system: You are a helpful assistant.
user:
Analyze the provided spectrum to determine if it is a **M-type Giant (gM)**.

A M-type Giant spectrum is defined by its **strong molecular absorption** features, particularly from **Titanium Oxide (TiO)**. You must check for one of the following mutually exclusive signatures:

- **Key Visual Indicators (Absorption-Dominated Spectrum):**

    - **(Primary):** The spectrum is dominated by strong molecular absorption from **Titanium Oxide (TiO)**. This is the **defining feature** of its M-type temperature class.
        - **(Key Bandheads):** Look for sharp, "saw-tooth" absorption valleys. The strongest are located near **~7050 Å**, **~6160 Å**, and **~5170 Å**.
        - **(Line Profile):** The "saw-tooth" morphology is critical: a **sharp, steep drop on the BLUE (short-wavelength) side** of the bandhead, followed by a gradual recovery (rising flux) towards the RED (long-wavelength) side.

    - **(Key Confirmation - Giant vs. Dwarf):** **ABSENCE** of strong **Calcium Hydride (CaH)** molecular bands. This is the primary diagnostic for *excluding* M-dwarfs.
        - **(Key Region):** The spectrum should lack the strong, broad absorption band seen in dwarfs between **~6800 Å and ~7000 Å**.

    - **(Secondary Confirmation - Giant):** A very strong and broad **Neutral Calcium (Ca I)** atomic absorption line.
        - **(Key Line):** Located at **~4226 Å**. In a giant (gM), this line is significantly deeper and broader than the same line in an M-dwarf (dM) due to low surface gravity.

    - **(Overall Spectrum):**
        - The continuum is **extremely red-sloping** (i.e., flux is very low in the blue and rises dramatically towards the red).
        - The entire spectrum appears "chopped up" by the deep TiO bands.

Think first, call **spectral_visualization_tool** if needed to examine features in detail, then provide your final answer. Your response must adhere to the following strict rules:
1.  **Overall Structure:** Your response must follow the format `<think>...</think> <tool_call>...</tool_call> (if a tool is used) <answer>...</answer>`.
2.  **Tool Usage Constraint:** You may only make **one** tool call per turn.
3.  **Final Answer Format:** In the `<answer>` tag, your conclusion must be inside a `\boxed{}` command (e.g., `\boxed{YES}` or `\boxed{NO}`), followed by your justification.

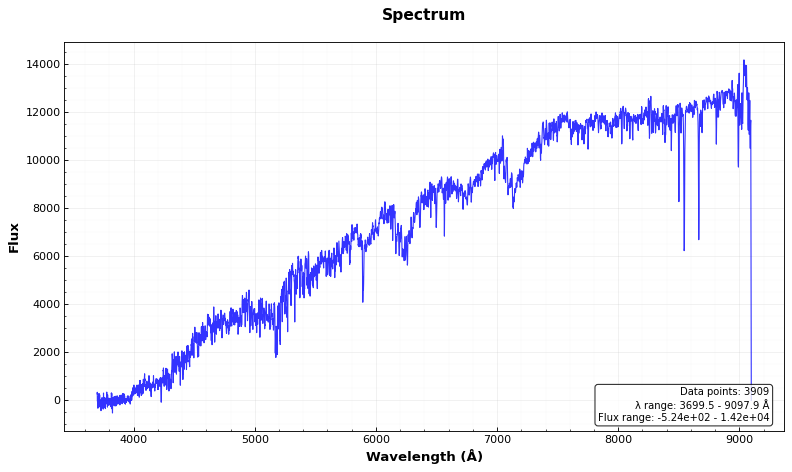
Answer: YES